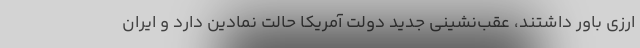
ارزی باور داشتند، عقب‌نشینی جدید دولت آمریکا حالت نمادین دارد و ایران